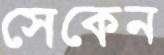
সেকেন